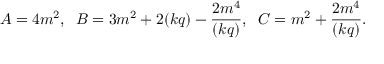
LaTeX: A = 4 m ^ { 2 } , \; \; B = 3 m ^ { 2 } + 2 ( k q ) - { \frac { 2 m ^ { 4 } } { ( k q ) } } , \; \; C = m ^ { 2 } + { \frac { 2 m ^ { 4 } } { ( k q ) } } .